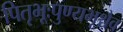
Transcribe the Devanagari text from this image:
पितृभूःपुण्यभूश्चैव